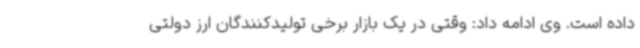
داده است. وی ادامه داد: وقتی در یک بازار برخی تولیدکنندگان ارز دولتی